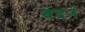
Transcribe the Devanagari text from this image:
बदनं